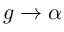
g \rightarrow \alpha